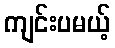
ကျင်းပမယ့်